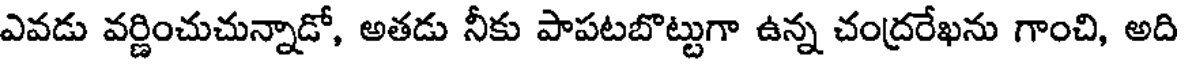
ఎవడు వర్ణించుచున్నాడో, అతడు నీకు పాపటబొట్టుగా ఉన్న చంద్రరేఖను గాంచి, అది